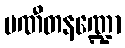
ပဏီတနဏ္ဍော